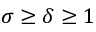
\sigma \ge \delta \ge 1